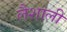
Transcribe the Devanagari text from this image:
लैशाली